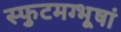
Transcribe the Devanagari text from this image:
स्फुटमग्भूषां